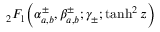
{ } _ { 2 } F _ { 1 } \! \left( \alpha _ { a , b } ^ { \pm } , \beta _ { a , b } ^ { \pm } ; \gamma _ { \pm } ; \operatorname { t a n h } ^ { 2 } z \right)